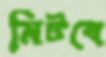
মিটবে